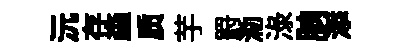
沅存螙质芋罸泐渌朒添